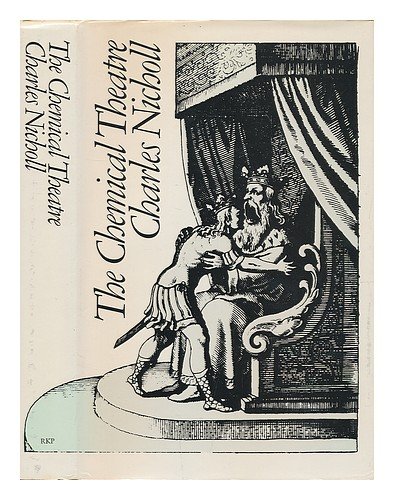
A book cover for Chemical Theatre; Charles Nicholl; Literature & Fiction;